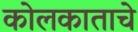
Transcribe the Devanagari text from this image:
कोलकाताचे